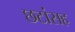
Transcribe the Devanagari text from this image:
छटांसह